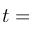
t =